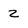
Character: z